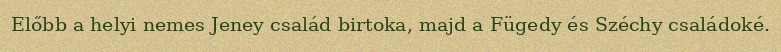
Előbb a helyi nemes Jeney család birtoka, majd a Fügedy és Széchy családoké.